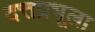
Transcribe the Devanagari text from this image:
दत्तप्रभूला